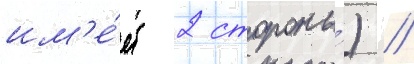
им'е́ет 2 стороны́) //